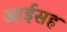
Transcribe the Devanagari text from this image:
आईसह